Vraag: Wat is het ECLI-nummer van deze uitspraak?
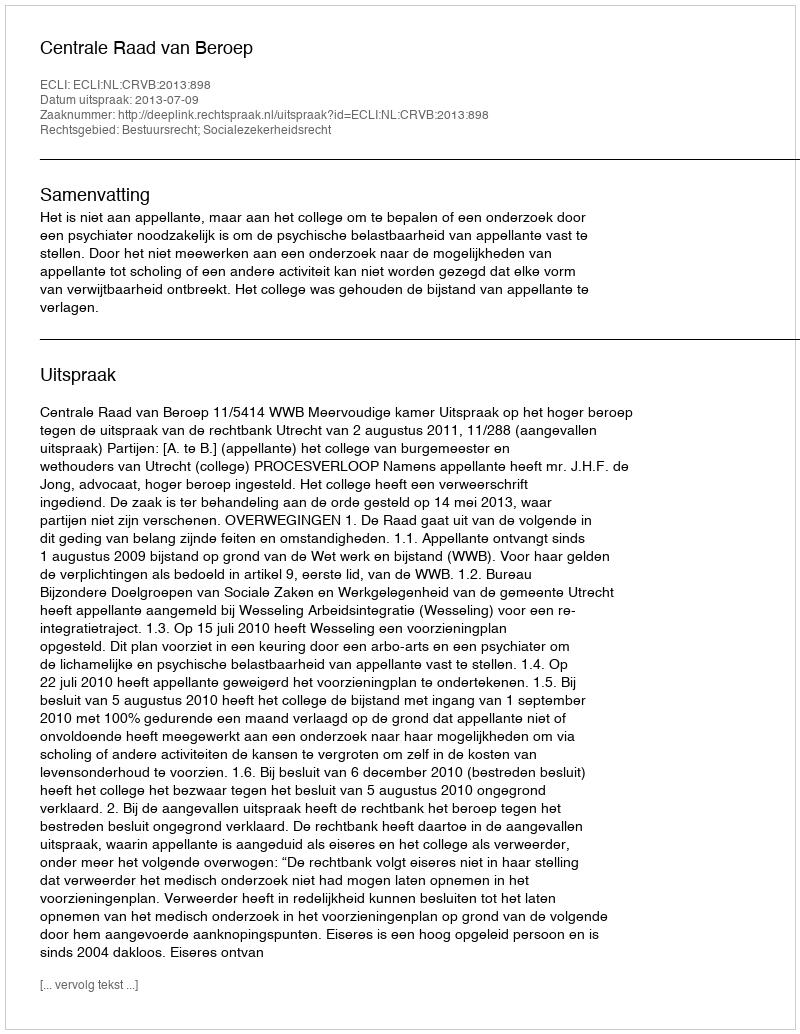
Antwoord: ECLI:NL:CRVB:2013:898